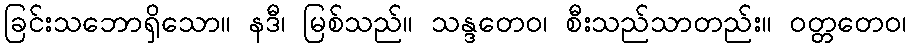
ခြင်းသဘောရှိသော။ နဒီ၊ မြစ်သည်။ သန္ဒတေဝ၊ စီးသည်သာတည်း။ ဝတ္တတေဝ၊